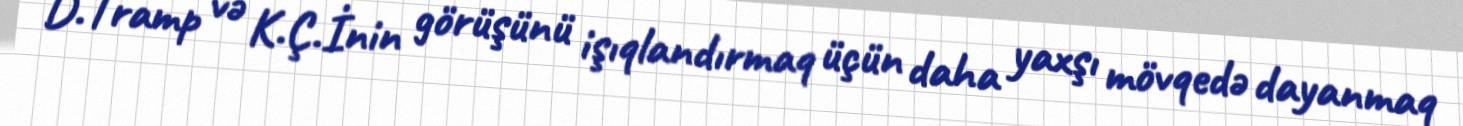
D.Tramp və K.Ç.İnin görüşünü işıqlandırmaq üçün daha yaxşı mövqedə dayanmaq